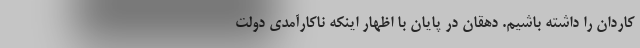
کاردان را داشته باشیم. دهقان در پایان با اظهار اینکه ناکارآمدی دولت